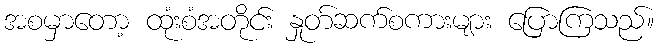
အစမှာတော့ ထုံးစံအတိုင်း နှုတ်ဆက်စကားများ ပြောကြသည်။